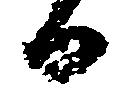
日